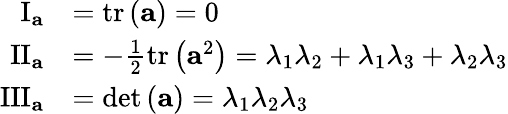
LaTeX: \begin{array}{rl}{\mathrm{I}_{\mathbf{a}}}&{=\mathrm{tr}\left(\mathbf{a}\right)=0}\\ {\mathrm{II}_{\mathbf{a}}}&{=-\frac{1}{2}\mathrm{tr}\left(\mathbf{a}^{2}\right)=\lambda_{1}\lambda_{2}+\lambda_{1}\lambda_{3}+\lambda_{2}\lambda_{3}}\\ {\mathrm{III}_{\mathbf{a}}}&{=\operatorname*{det}\left(\mathbf{a}\right)=\lambda_{1}\lambda_{2}\lambda_{3}}\end{array}